Bréfritari: Jakobína Jónsdóttir
Viðtakandi: Sólveig Jónsdóttir
Dagsetning: A-1889-05-06
Skrifað á: Bessastöðum  Gull.
systir bréfviðtakanda

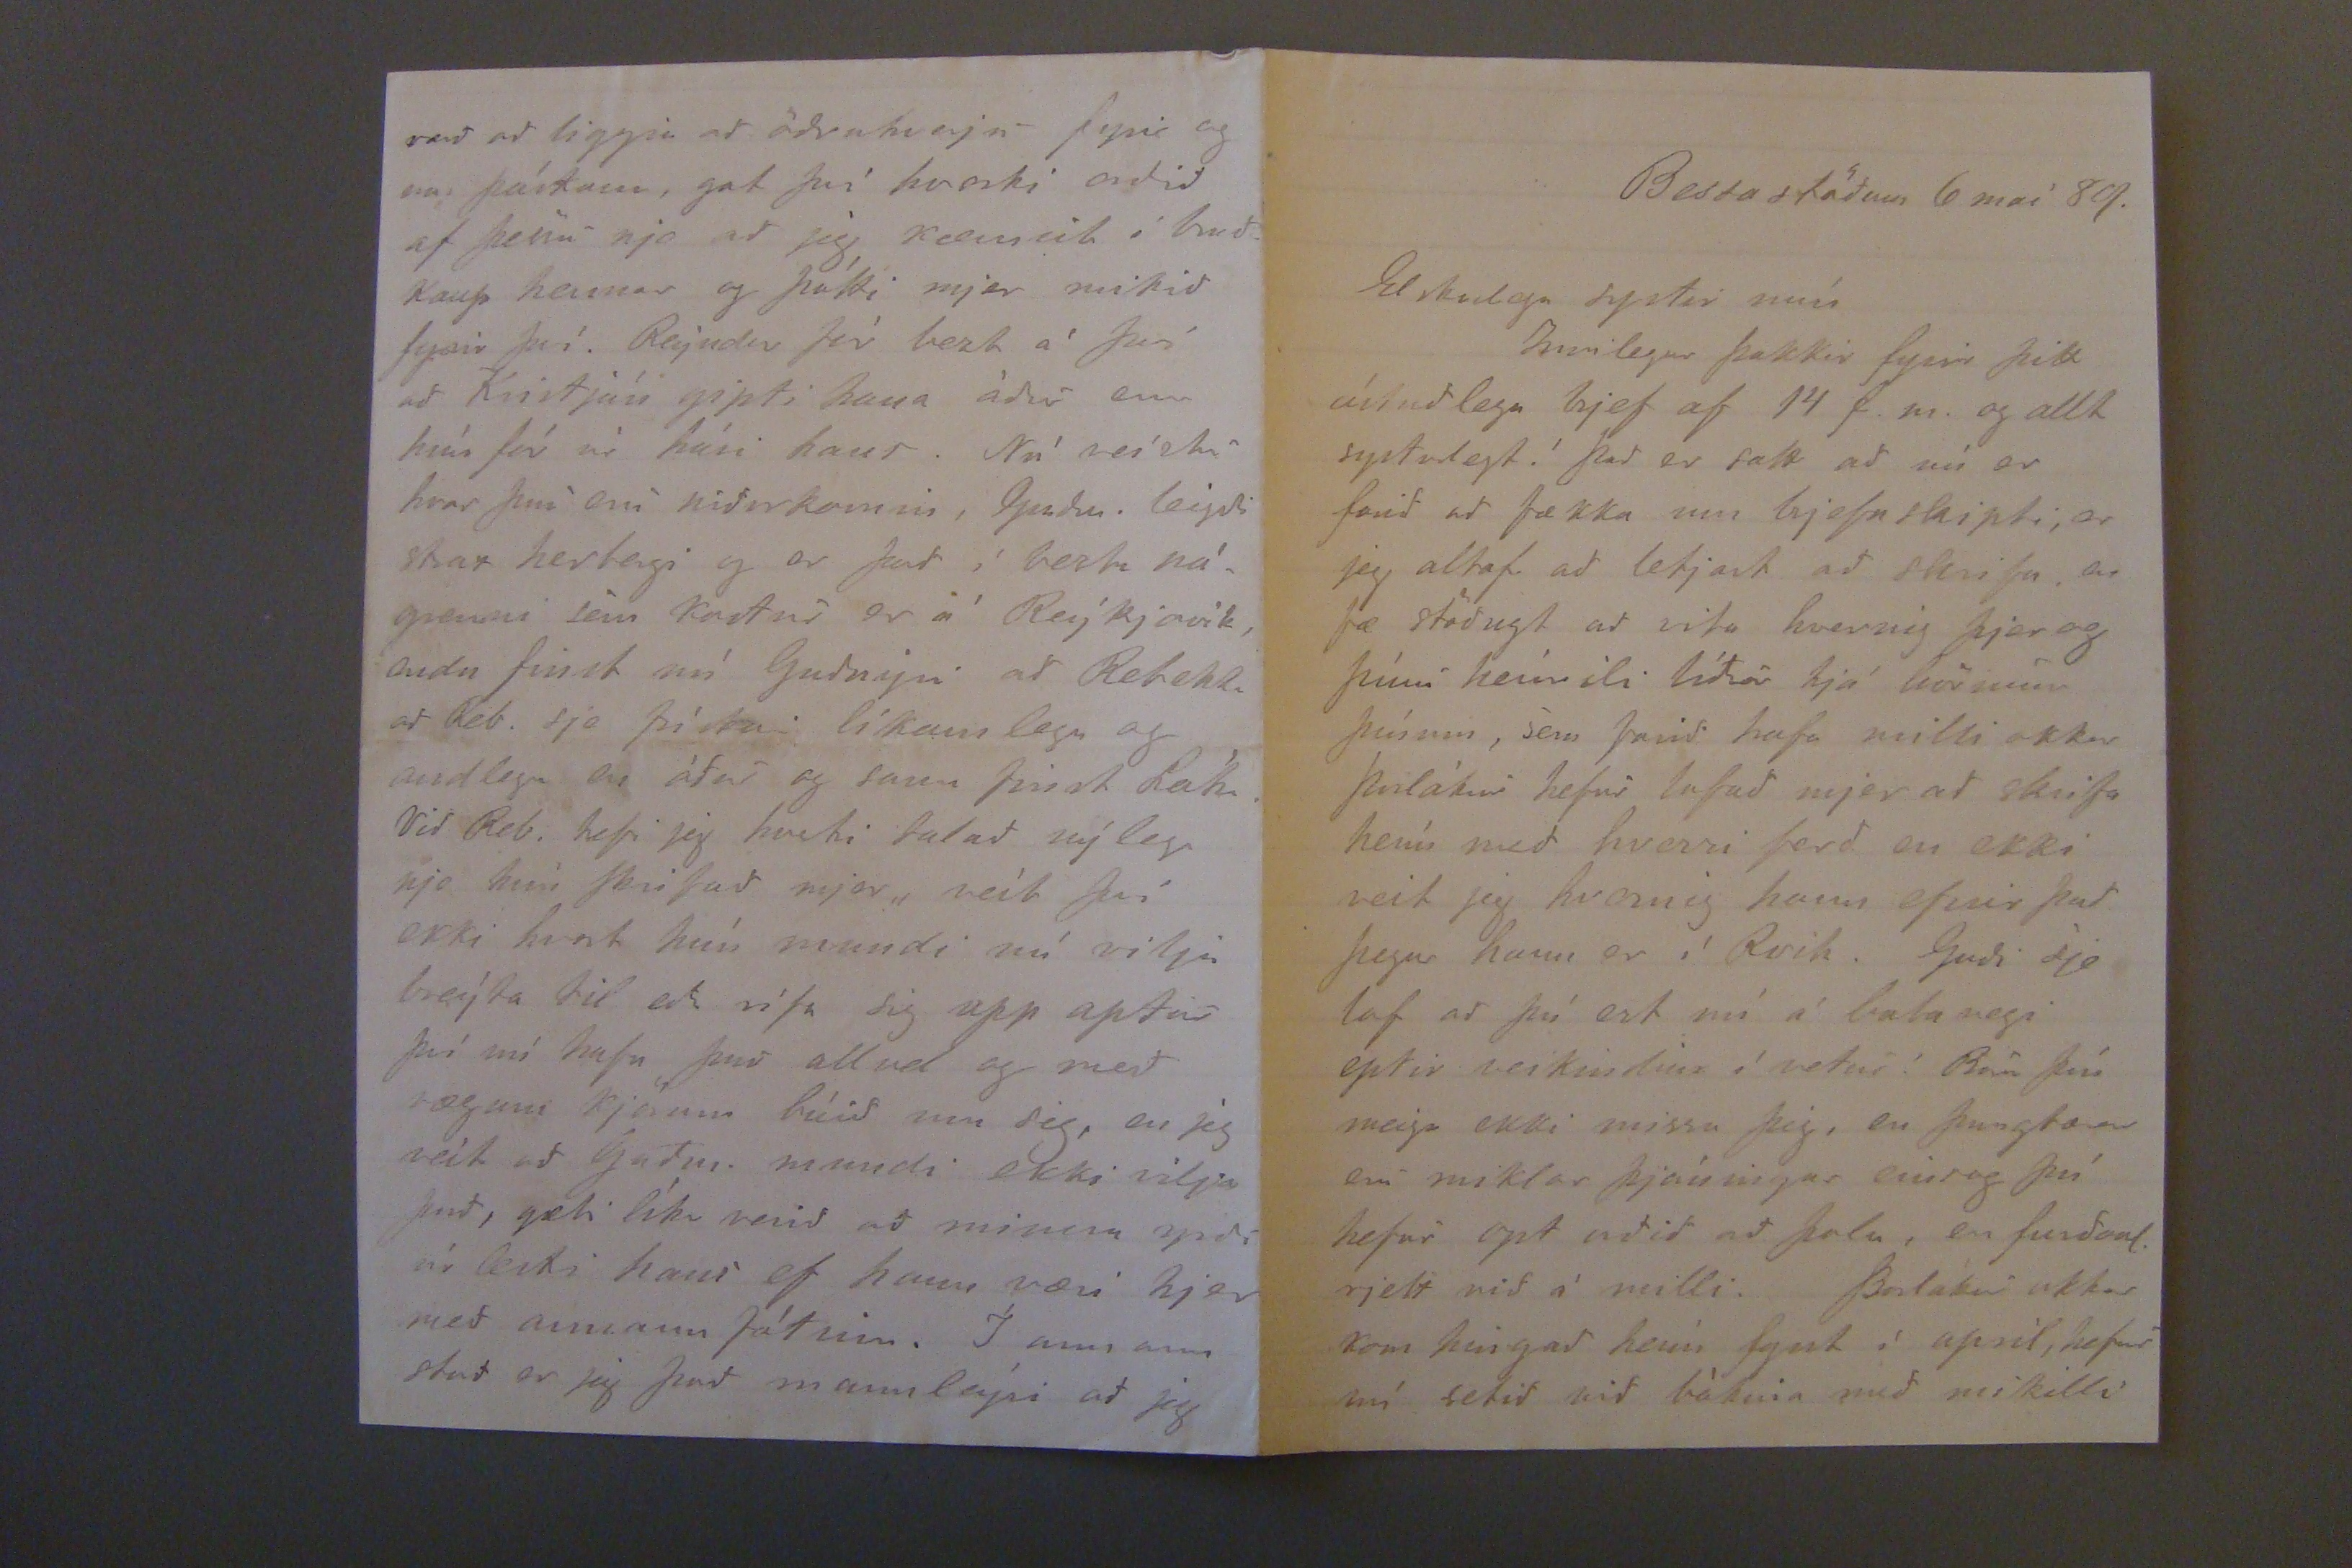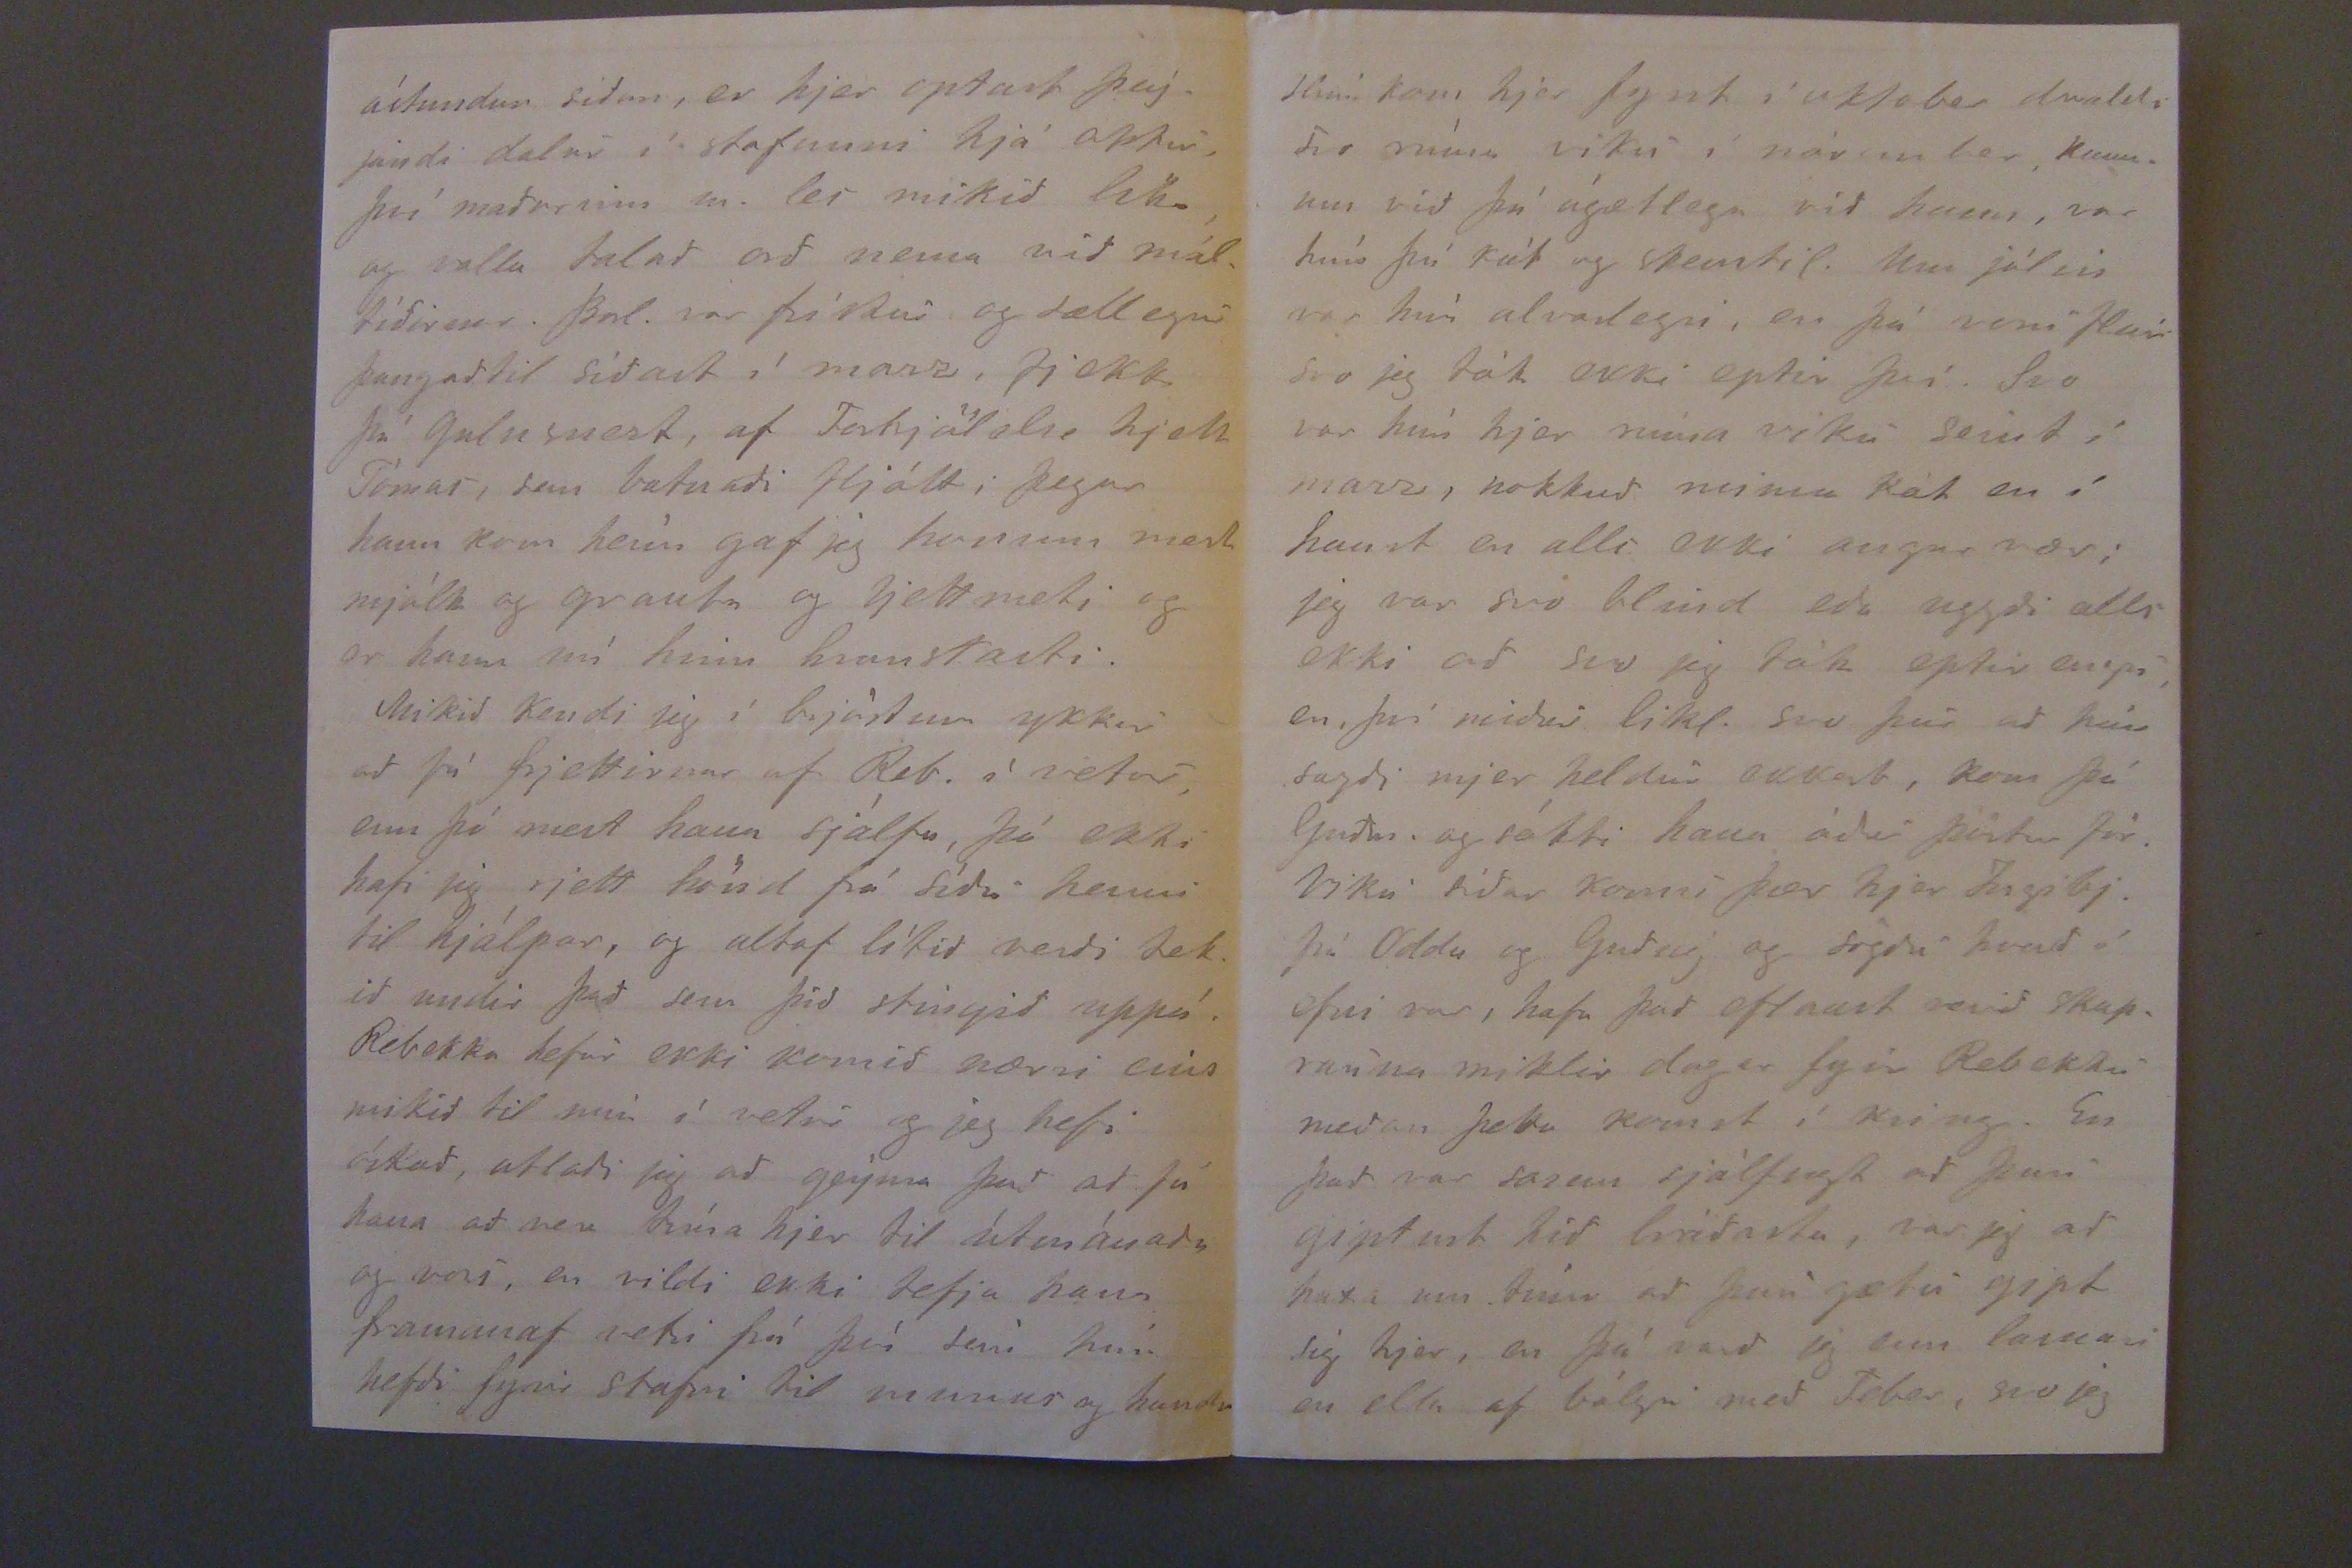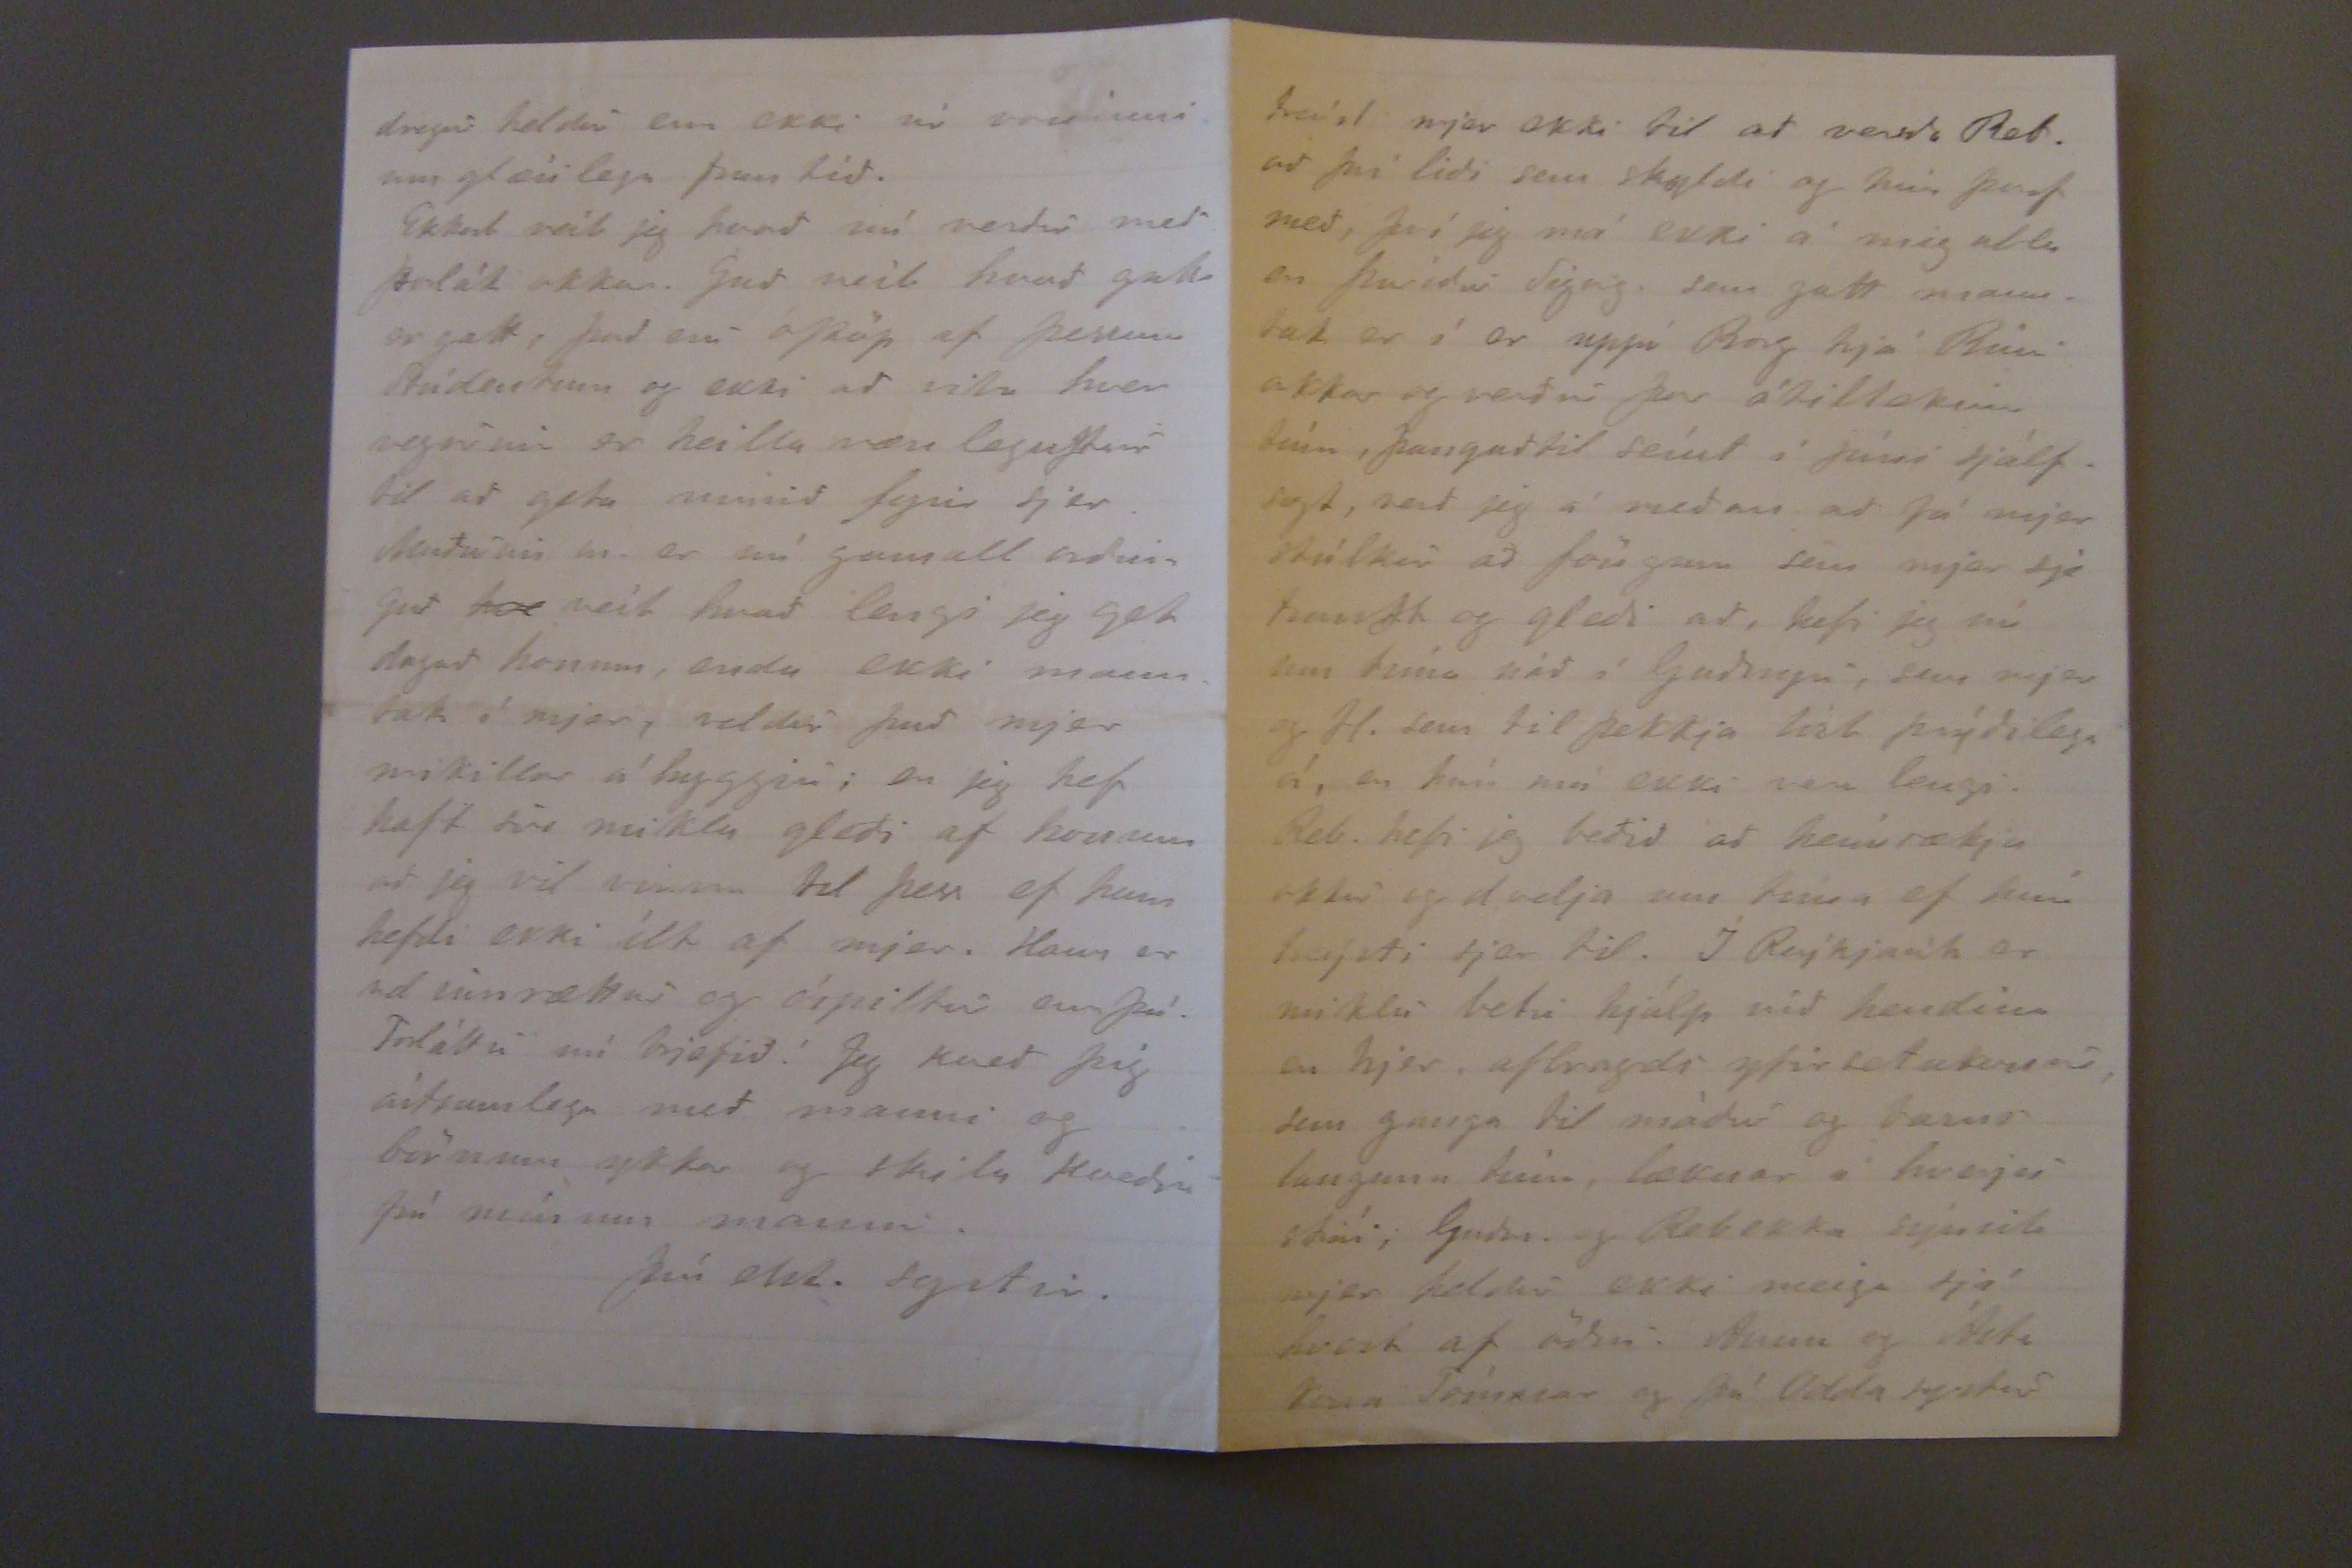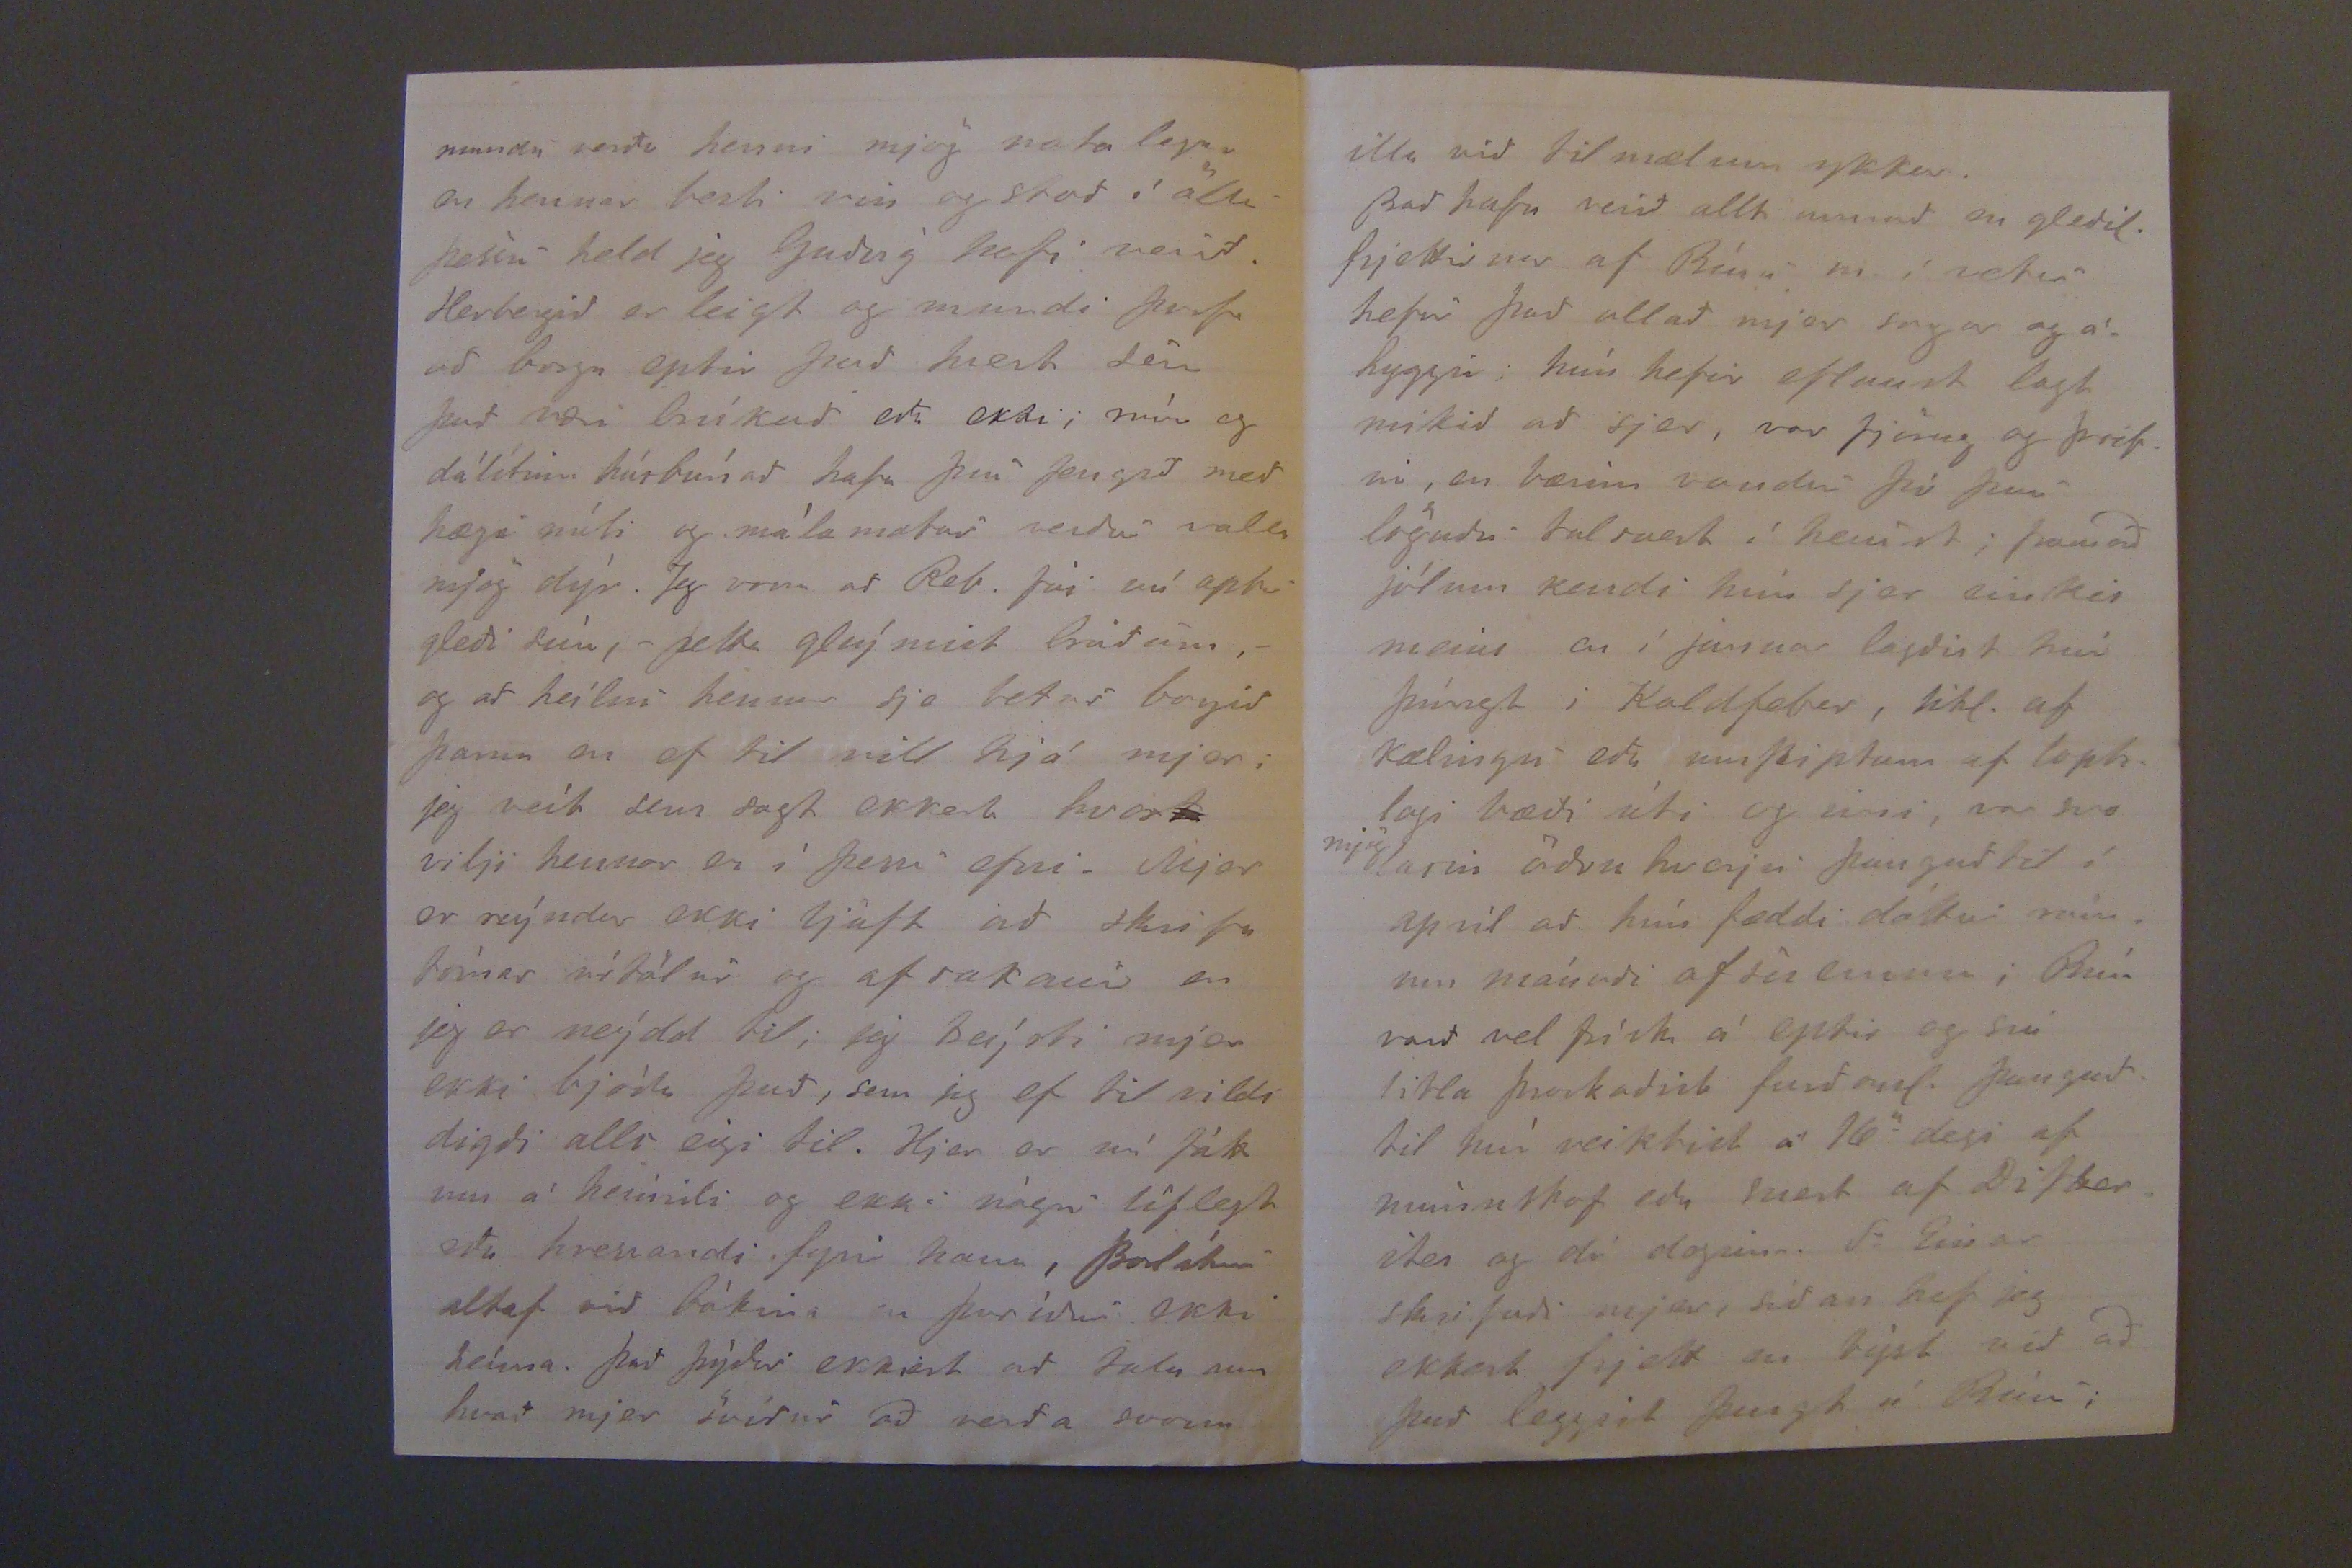

Bessastöðum 6 maí 89.
Elskulega systir mín
innilegar þakkir fyrir þitt ástuðlega brjef af 14 f.m. og allt systurlegt! Það er satt að nú er farið að fækka um brjefaskipti, er jeg alltaf að tefjast að skrifa en fæ stöðugt að vita hvernig þjer og þínu heímili líður hjá börnum þínum, sem farið hafa milli okkar Þorlákur hefur lofað mjer að skrifa heím með hverri ferð en ekki veit jeg hvernig hann efnir það þegar hann er í Rvik. Guð sje lof að þú ert nú á batavegi eptir veikindin í vetur! Börn þín mega ekki missa þig, en þungbærar eru miklar þjáningar einsog þú hefur opt orðið að þola, en furðanl. rjett við á milli. Þorlákur okkar kom hingað heím fyrst í apríl, hefur nú setið við bókina með mikilli
ástundur siðan, er hjer optast þeýjandi dalur í stafnum hjá okkur, því maðurinn m. les mikið líka og valla talað orð nema við máltíðirnar. Bal. var frískur og sællegur þangað til síðast í marz, fjekk þá gulusnert, af Fortjölslu hjelt Tómas, sem batnaði fljótt, þegar hann kom heím gaf jeg honum mest mjólk og grauta og ljettmeti og er hann nú hinn hraustasti.
Mikið kendi jeg í brjóstum ykkur að fá frjettirnar af Reb. í vetur, enn þó mest hann sjálfu, þó ekki hafi jeg rjett hönd frá síðu henni til hjálpar, og altaf lítið verði lekið undir það sem þið stingið uppá. Rebekka hefur ekki komið nærri eins mikið til min í vetur og jeg hefi óskað, atlaði jeg að geýma það að fá hana að vera Brúsa hjer til
útinánaðs og vors
, en vildi ekki tefja hana framanaf vetri þá því sem hún hefði fyrir stafni til munar og handr
varð að liggja að öðruhverju fyrir og um páskana, gat því hvorki orðið af þessu nje að jeg kæmist í bruðkaup hennar og þótti mjer mikið fyrir því. Reýndar fór bezt á því að Kristján gipti hana áður enn hún fór úr búri hans. Nú veíztu hvar þín eru niðurkomin, Guðni leigði strax herbergi og er það í bezta nágrenni sem kostur er í Reýkjavík, enda finst nú Guðnyu að Rebekka að Reb. sje frískari líkamlega og andlega en áður og sami finst Láki. Við Reb. hefi jeg hvorki talað nýlega nje hún Skrifað mjer, veít því ekki hvort hún mundi nú vilja breýta til eða rífa sig upp aptur því nú hafa þau allvel og með vægum kjörum búið um sig, en jeg veít að Guðm. mundi ekki vilja það, gæti líka verið að minna yrði nú veiki hans ef hann væri hjer með annann fótinn. Í annann stað er jeg það mannleýsi að jeg
Hún kom hjer fyrst í oktober dvaldi svo rúma viku í nóvember, kunnum við þá ágætlega við hana, var hún þá kát og skemtil. Um jólin var hún alvarlegri, en þá vrou fleir svo jeg tók ekki eptir því. Svo var hún hjer rúma viku seint í marz, nokkuð minna kát en í haust en alls ekki angurvær; jeg var svo blind eða
uggði
alls ekki að svo jeg tók eptir engu, en, því miður likl. svo þar að hún sagði mjer heldur ekkert, kom þá Guðni og sókti hana áður póstur fór. Viku síðar komu þær hjer Ingibj. þó Oddu og Guðný og sögðu hvað á efni var, hafa það eflaust verið skaprauna miklir dagar fyrir Rebekku meðan þetta komst í kring. En það var sosem sjálfSagt að þau giptust hið bráðasta, var jeg að huxa um tíma að þau gætu gipt sig hjer, en þá varð jeg enn lasnari en ella af bólgu með Feber, svo jeg
treíst mjer ekki til að verða Reb. að því liði sem skyldi og hún þarf með, því jeg má ekki á mig atla en Þuríður Sigug. sem gott mannstak er í er uppí Borg hjá Bínu okkar og verður þar ótiltekinn tíma, þangað til seínt í júni sjálfsagt, verð jeg á meðan að fá mjer stúlkur að föngum sem mjer sje traust og gleði að, hefi jeg nú um tíma náð á Guðnyu, sem mjer og fl. sem til þekkja lízt prýðilega á, en hún má ekki vera lengi. Reb. hefi jeg beðið að heímsækja okkur og dvelja um tíma ef hún treýsti sjer til. Í Reýkjavík er miklu betri hjálp við hendina en hjer. afbragds yfirsetukonur sem ganga til móður og barns langann tíma, læknar á hverju skái, Guðm. og Rebekka sýnist mjer heldur ekki meiga sjá hvort af öðru. Anna og Ásta kona Tómasar og frá Odda systur
mundi verða henni mjög notalegar en hennar bezti vin og stoð í öllu þessu held jeg Guðný hafi verið. Herbergið er leigt og mundi þurfa að borga eptir það hvort sem það væri brúkað eða ekki; rúm og dálítinn húsbúnað hafa þau fengið með hæga núli og málamatur verður valla mjög dýr. Jeg vona að Reb. fái nú aptur gleði sína, -þetta gleýmist bráðum,- og að heilsu hennar sje betur borgið þarna en ef til vill hjá mjer; jeg veít sem sagt ekkert hvort vilji hennar er í þessu efni. Mjer er reýndar ekki ljúft að skrifa tómar nítölur og afsakani en jeg er neýdd til; jeg treýsti mjer ekki bjódu það, sem jeg ef til vildi digði alls eigi til. Hjer er nú fákinn á heímili og ekki nógu líflegt eða hressandi fyrir hana, Baldur altaf við bókin en þuríður ekki heíma. það þýður ekkert að tala um hvað mjer svíður að verða svona
dregur heldur enn ekki úr voninni um glæsilega framtíð.
Ekkert veít jeg hvað nú verður með Þorlák okkar. Guð veit hvað gull er gott, það eru óSköp af þessum Stúdentum og ekki að vita hver vegurinn er heilla væri leguStur til að geta unnið fyrir sjer. Maðurinn m. er nú gamall orðinn. Guð
hve
veít hvað lengi jeg get dagað honum enda ekki mannstak í mjer, veldur það mjer mikillar á hyggju; en jeg hef haft svo mikla gleði af honum að jeg vil vinna til þess ef hann hefdi ekki ílt af mjer. Hann er vel innrættur og óspiltur ennþá. Forláttu nú brjefið! Jeg kveð þig ástsamlega með manni og börnum ykkar og skila kveðju frá mínum manni.
Þín elsk. systir.
illa við tilmælum ykkar.
Það hafa erið allt annað en gleðil. frjettirnar af Bínu m. í vetur hefur það atlað mjer sorgar og áhyggjur, hún hefir eflaust lagt mikið að sjer, var fjörug og þrifin, en bærinn vondur þó þau löguðu talsvert í haust; framað jólum kendi hún sjer einskis meins en í januar lagðist hún þúngt i Kaldfeber, likl. af kælingu eða umSkiptum af loptslagi bæði úti og inni, var svo
mjög
lasin öðru hverju þangað til í apríl að hún fæddi dóttur raunar mánuði
aftir einnu
; Bína varð vel frísk á eptir og sú litla þroskaðist furðanl. þangað til hún veiktist á 16
a
degi af munnskap eða mest af
Difberster
og dó daginn. Sr Einar skrifaði mjer, síðan hef jeg ekkert frjett en sýst náð að það leggist þungt á Bínu;